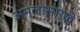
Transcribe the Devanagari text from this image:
अम्लासारखे